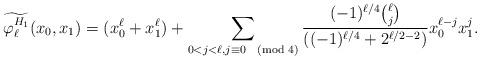
LaTeX: \begin{align*}\widetilde{\varphi_{\ell}^{H_1}}(x_0,x_1)=(x_0^\ell+x_1^\ell)+\sum_{0<j<\ell,j\equiv 0\pmod{4}}\frac{(-1)^{\ell/4}\binom{\ell}{j}}{((-1)^{\ell/4}+2^{\ell/2-2})}x_0^{\ell-j}x_1^j. \end{align*}